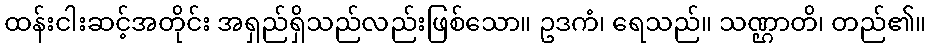
ထန်းငါးဆင့်အတိုင်း အရှည်ရှိသည်လည်းဖြစ်သော။ ဥဒကံ၊ ရေသည်။ သဏ္ဌာတိ၊ တည်၏။